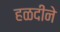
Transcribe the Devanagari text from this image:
हळदीने